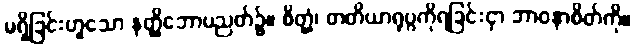
မရှိခြင်းဟူသော နတ္ထိဘောပညတ်၌။ စိတ္တံ၊ တတိယာရုပ္ပကိုရခြင်းငှာ ဘာဝနာစိတ်ကို။